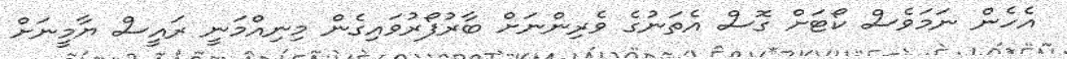
އެހެން ނަމަވެސް ކޯޓަށް ގޮސް އެތަނުގެ ވެރިންނަށް ބާރުފޯރުވައިގެން މިނިއްމަނީ ރައީސް ޔާމީނަށް